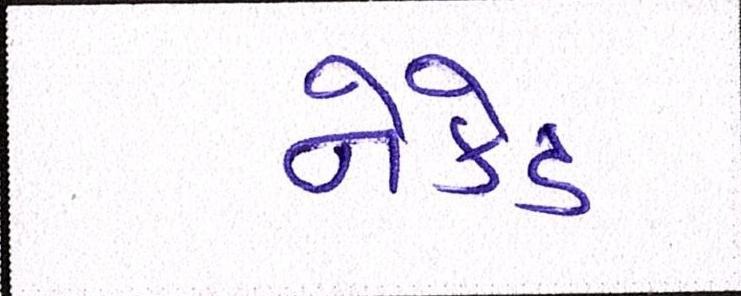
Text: નેકેડ